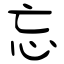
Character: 忘